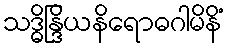
သဒ္ဓိန္ဒြိယနိရောဓဂါမိနိံ